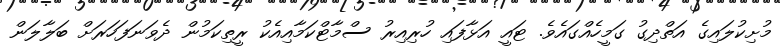
މުށިކުލައިގެ އަތްދިގު ގަމީހެއްގައެވެ. ޓައީ އަޅާފައި ހުރިއިރު ސްމާޓްކަމާއިއެކު ރީތިކަމުން ދެވަނަފަހަރަށް ބަލާލަން